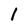
Character: 1